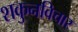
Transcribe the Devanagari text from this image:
शकुनविचार